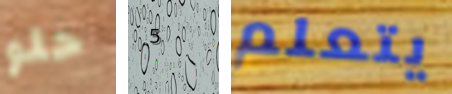
حلو 5 يتعلم